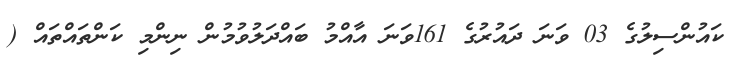
ކައުންސިލުގެ 03 ވަނަ ދައުރުގެ 161ވަނަ އާއްމު ބައްދަލުވުމުން ނިންމި ކަންތައްތައް (